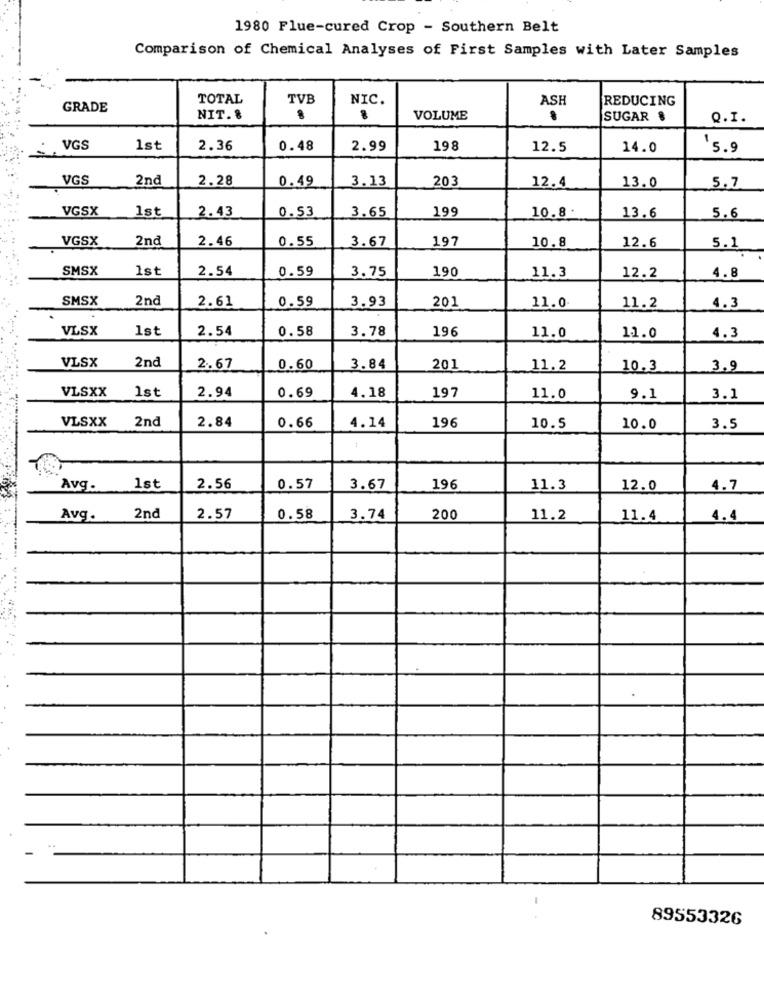
1980 Flue-cured Crop - Southern Belt
Comparison of Chemical Analyses of First Samples with Later Samples
TOTAL
TVB
NIC.
ASH
REDUCING
GRADE
NIT. 8
VOLUME
.
SUGAR &
Q.I.
VGS
1st
2.36
0.48
2.99
198
12.5
14.0
15.9
VGS
2nd
2.28
0.49
3.13
203
12.4
5.7
13.0
VGSX
1st
2.43
0.53
3.65
199
10.8 .
13.6
5.6
VGSX
2nd
2.46
0.55
3.67
197
12.6
10.8
5.1
SMSX
Ist
2.54
0.59
3.75
190
11.3
12.2
4.8
SMSX
2nd
2.61
0.59
3.93
201
11.0
11.2
4.3
VLSX
1st
2.54
0.58
3.78
196
11.0
11.0
4.3
VLSX
2nd
2.67
0.60
3.84
201
11.2
10.3
3.9
VLSXX
1st
2.94
0.69
4.18
197
11.0
9.1
3.1
VLSXX
2nd
2.84
4.14
196
0.66
10.5
10.0
3.5
Avg.
1st
2.56
0.57
3.67
196
11.3
12.0
4.7
Avg.
2nd
2.57
0.58
3.74
200
11.2
11.4
4.4
-
89553326